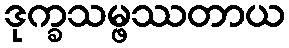
ဒုက္ခသမ္ဖဿတာယ